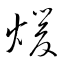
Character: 煖